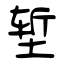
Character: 堑